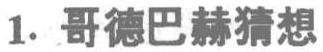
1. 哥德巴赫猜想